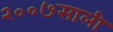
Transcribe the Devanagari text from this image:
२००७साली